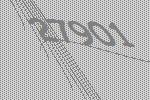
27901